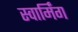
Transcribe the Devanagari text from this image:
स्वार्मिंग